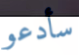
سأدعو